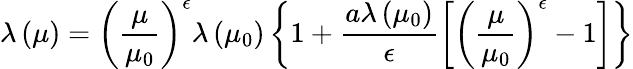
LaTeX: \lambda\left(\mu\right)=\left(\frac{\mu}{\mu_{0}}\right)^{\epsilon}\lambda\left(\mu_{0}\right)\left\{ 1+\frac{a\lambda\left(\mu_{0}\right)}{\epsilon}\left[\left(\frac{\mu}{\mu_{0}}\right)^{\epsilon}-1\right]\right\}